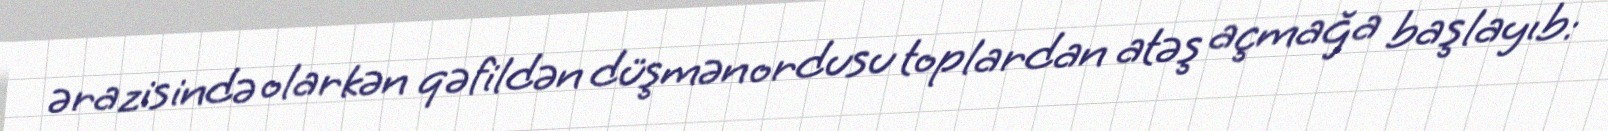
ərazisində olarkən qəfildən düşmən ordusu toplardan atəş açmağa başlayıb: